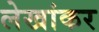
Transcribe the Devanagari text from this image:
लेखांकर